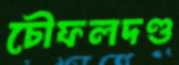
চৌফলদণ্ড